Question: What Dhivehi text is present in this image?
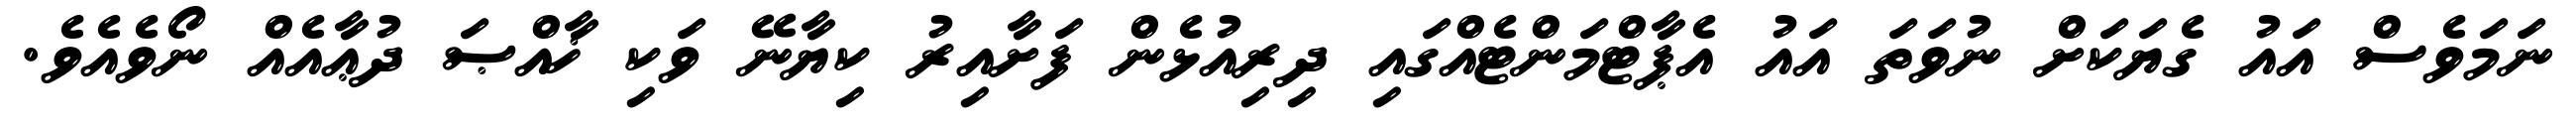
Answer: ނަމަވެސް އައު ގެޔަކަށް ނުވަތަ އައު އެޕާޓްމަންޓެއްގައި ދިރިއުޅެން ފަށާއިރު ކިޔާނޭ ވަކި ޚާއްޞަ ދުޢާއެއް ނޯވެއެވެ.